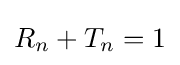
R_{n}+T_{n}=1